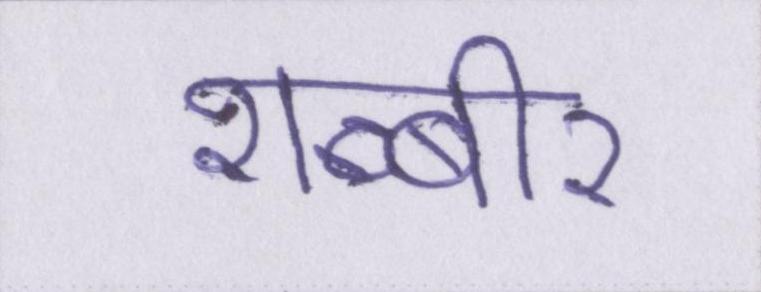
शब्बीर